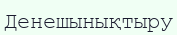
Денешынықтыру